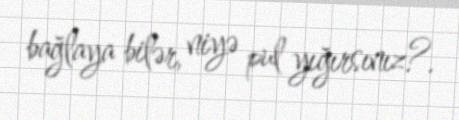
bağlaya bilər, niyə pul yığırsınız?.